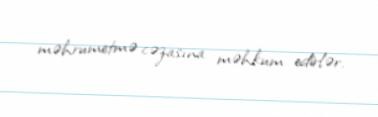
məhrumetmə cəzasına məhkum edirlər.